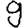
Digit: 9